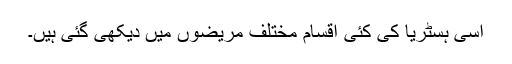
اسی ہسٹریا کی کئی اقسام مختلف مریضوں میں دیکھی گئی ہیں۔